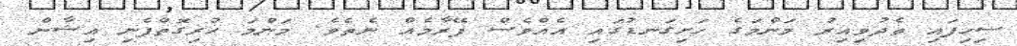
ސިހިފައި ތެދުވިއިރު މަންމަގެ ހަށިގަނޑުގައި އެއްވެސް ފޭރާމެއް ނެތެވެ. މަންމަ ހުރިގޮތްފެނި އިޝާން